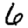
Digit: 6